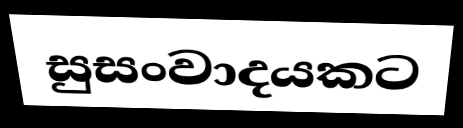
සුසංවාදයකට